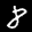
Digit: 8